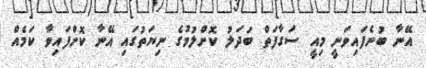
އޭނާ ބުނެފައިވަނީ މިއީ ސަގާފަތް ބަދަލު ކޮށްލުމުގެ ނިޔަތުގައި އޭނާ ކޮށްފައިވާ ކަމެއް